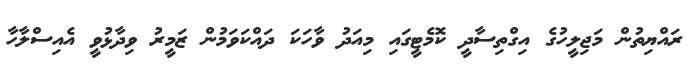
ރައްޔިތުން މަޖިލީހުގެ އިގްތިސާދީ ކޮމެޓީގައި މިއަދު ވާހަކަ ދައްކަވަމުން ޒަމީރު ވިދާޅުވީ އެއިސްލާހާ